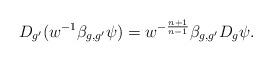
LaTeX: \begin{align*}D_{g'}(w^{-1}\beta_{g,g'}\psi)=w^{-\frac{n+1}{n-1}}\beta_{g,g'}D_g\psi.\end{align*}